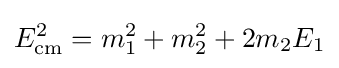
E_{\mathrm {cm} }^{2}=m_{1}^{2}+m_{2}^{2}+2m_{2}E_{1}